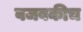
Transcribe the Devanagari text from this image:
वजबकीच